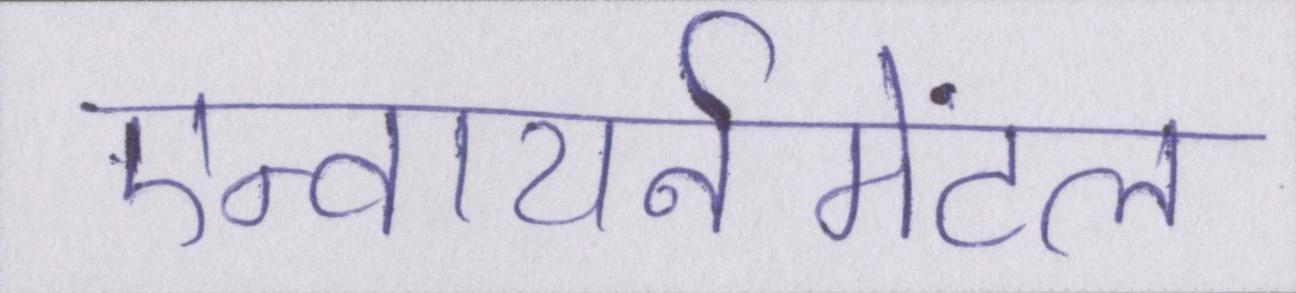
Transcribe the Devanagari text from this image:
एन्वायर्नमेंटल